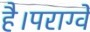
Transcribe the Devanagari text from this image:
है।पराग्वे